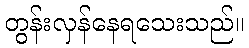
တွန်းလှန်နေရသေးသည်။